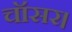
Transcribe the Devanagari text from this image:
चॉसर।